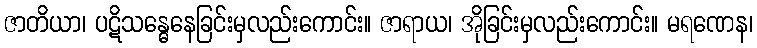
ဇာတိယာ၊ ပဋိသန္ဓေနေခြင်းမှလည်းကောင်း။ ဇာရာယ၊ အိုခြင်းမှလည်းကောင်း။ မရဏေန၊